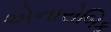
એનારોબિક